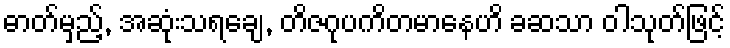
ဓာတ်မှည့်, အဆုံးသရချေ, တိဇဂုပကိတမာနေဟိ ခဆသာ ဝါသုတ်ဖြင့်